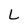
Character: L